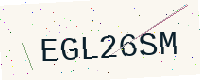
Text: EGL26SM